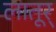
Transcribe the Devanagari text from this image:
लातूर्